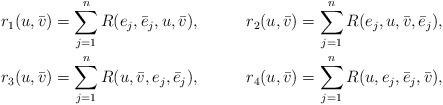
LaTeX: \begin{align*}r_1(u, \bar v) &= \sum_{j=1}^n R(e_j, \bar e_j, u, \bar v), &r_2(u, \bar v) &= \sum_{j=1}^n R(e_j, u, \bar v, \bar e_j),\\r_3(u, \bar v) &= \sum_{j=1}^n R(u, \bar v, e_j, \bar e_j), &r_4(u, \bar v) &= \sum_{j=1}^n R(u, e_j, \bar e_j, \bar v),\end{align*}